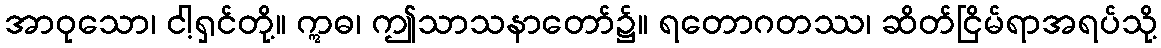
အာဝုသော၊ ငါ့ရှင်တို့။ ဣဓ၊ ဤသာသနာတော်၌။ ရတောဂတဿ၊ ဆိတ်ငြိမ်ရာအရပ်သို့